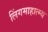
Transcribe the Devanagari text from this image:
लिंगमाहात्म्य